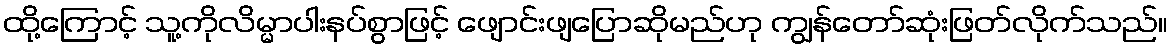
ထို့ကြောင့် သူ့ကိုလိမ္မာပါးနပ်စွာဖြင့် ဖျောင်းဖျပြောဆိုမည်ဟု ကျွန်တော်ဆုံးဖြတ်လိုက်သည်။